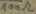
Text: 100Ω